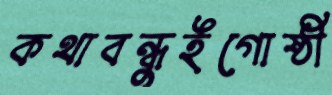
কথাবন্ধুইগোষ্ঠী